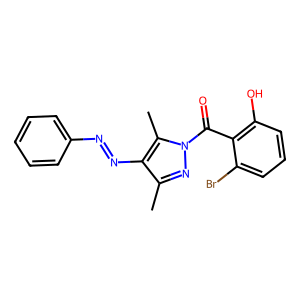
SMILES: Cc1nn(C(=O)c2c(O)cccc2Br)c(C)c1N=Nc1ccccc1
Inhibits HIV replication: No